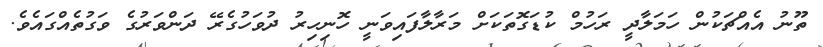
ތޫނު އެއްޗަކުން ހަމަލާދީ ރަހުމް ކުޑަގޮތަކަށް މަރާލާފައިވަނީ ހޮނިހިރު ދުވަހުގެރޭ ދަންވަރުގެ ވަގުތެއްގައެވެ.